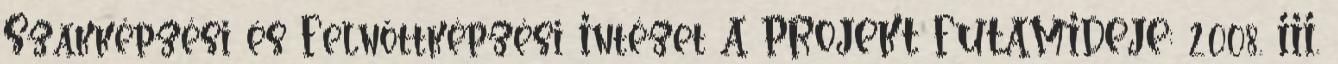
Szakképzési és Felnőttképzési Intézet A PROJEKT FUTAMIDEJE: 2008. III.